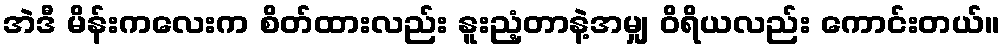
အဲဒီ မိန်းကလေးက စိတ်ထားလည်း နူးညံ့တာနဲ့အမျှ ဝိရိယလည်း ကောင်းတယ်။